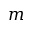
m